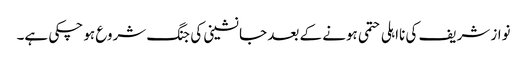
نواز شریف کی نااہلی حتمی ہونے کے بعد جانشینی کی جنگ شروع ہو چکی ہے۔